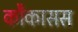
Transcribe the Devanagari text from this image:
कौकासस